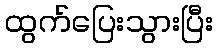
ထွက်ပြေးသွားပြီး